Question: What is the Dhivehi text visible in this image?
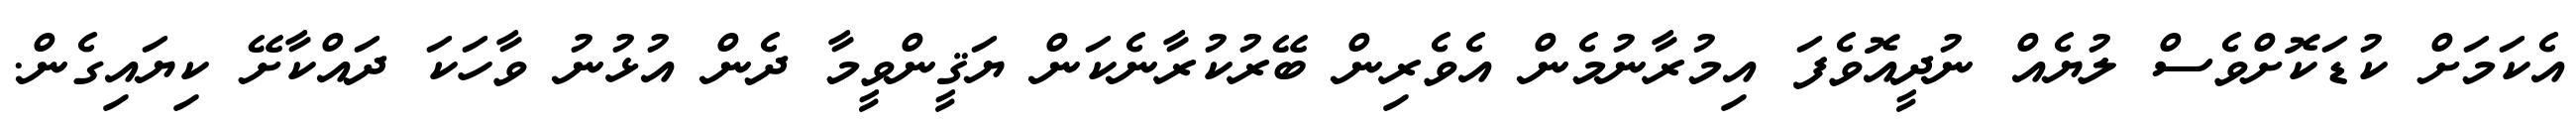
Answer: އެކަމަށް ކުޑަކޮށްވެސް ލުޔެއް ނުދީއޮވެފަ އިމުރާނުމެން އެވެރިން ބޭރުކުރާނެކަން ޔަޤީންވީމާ ދެން އުޅުނު ވާހަކަ ދައްކާށޭ ކިޔައިގެން.